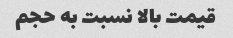
قیمت بالا نسبت به حجم